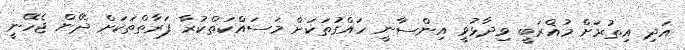
އަދި އިތުރަށް މުޣްރަބީ ވިދާޅުވީ އިންސާނީ ހައްގުތަކަށް މަސައްކަތްކުރާ ފަރާތްތަކަށް ދޭން ޖެހޭނީ